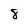
Character: 8